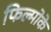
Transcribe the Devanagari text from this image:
फिल्मोके